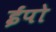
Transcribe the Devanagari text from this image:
ईपो